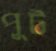
পুট